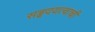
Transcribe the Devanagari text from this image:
सहृदयत्वाची